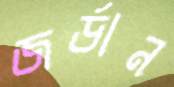
জর্ডান